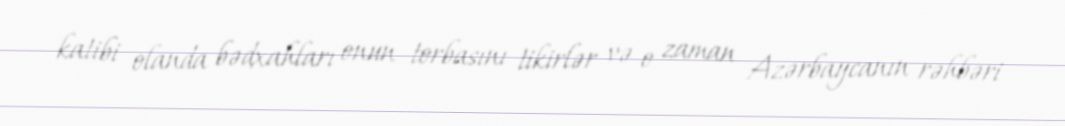
katibi olanda bədxahları onun torbasını tikirlər və o zaman Azərbaycanın rəhbəri